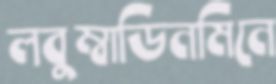
লবুম্বাডিনমিনে